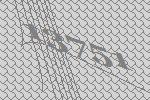
13751